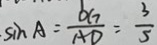
\sin A = \frac { O G } { A D } = \frac { 3 } { 5 }